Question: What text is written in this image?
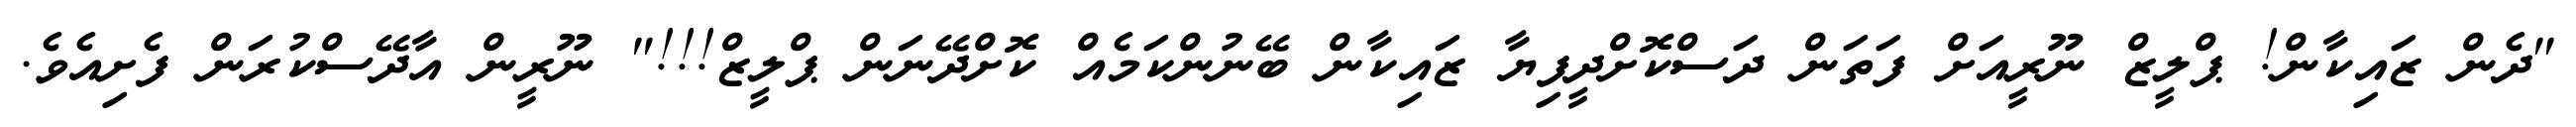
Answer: "ދެން ޒައިކާން! ޕްލީޒް ނޫރީއަށް ފަތަން ދަސްކޮށްދީފިޔާ ޒައިކާން ބޭނުންކަމެއް ކޮށްދޭނަން ޕްލީޒް!!!" ނޫރީން އާދޭސްކުރަން ފެށިއެވެ.